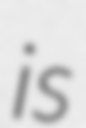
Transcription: is